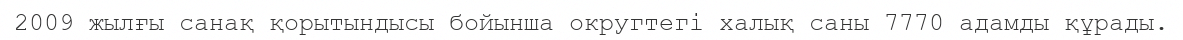
2009 жылғы санақ қорытындысы бойынша округтегі халық саны 7770 адамды құрады.